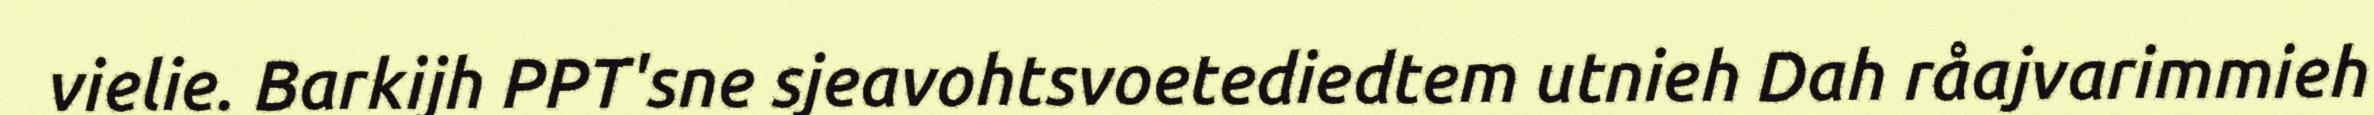
vielie. Barkijh PPT'sne sjeavohtsvoetediedtem utnieh Dah råajvarimmieh